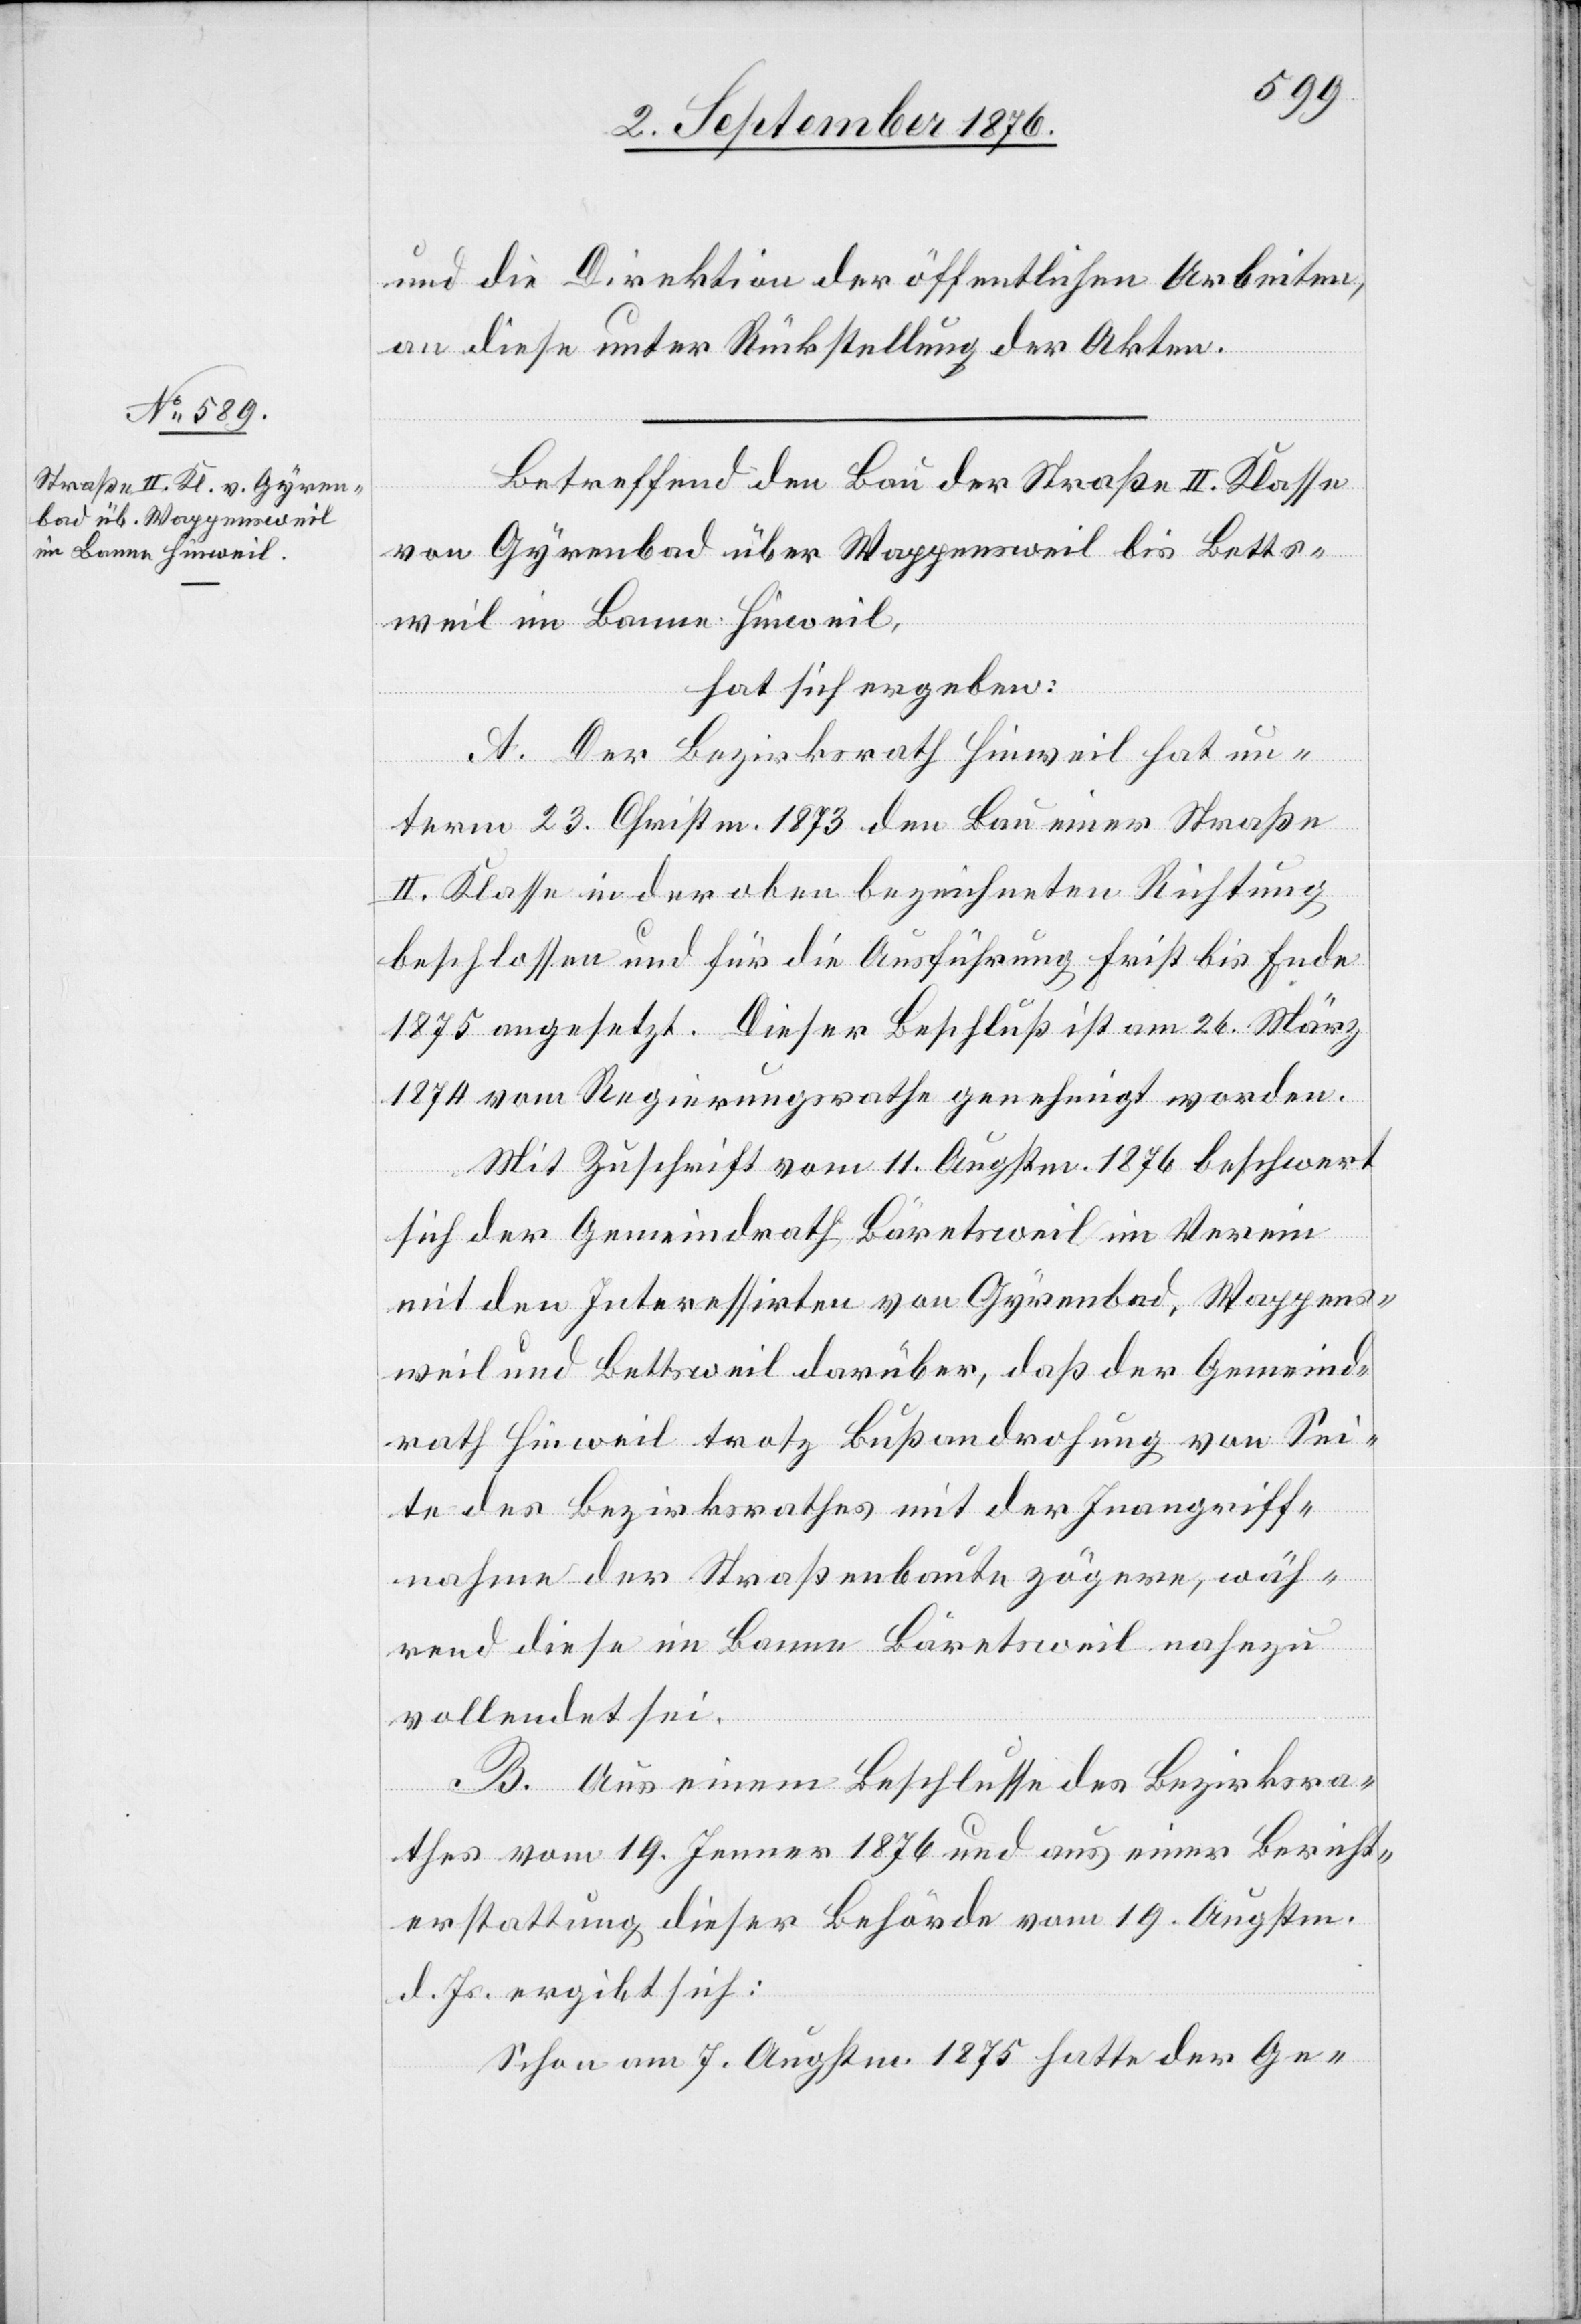
und die Direktion der öffentlichen Arbeiten,
an diese unter Rückstellung der Akten.
Betreffend den Bau der Straße II. Klasse
von Gyrenbad über Wappensweil bis Betts¬
weil im Banne Hinweil,
hat sich ergeben:
A. Der Bezirksrath Hinweil hat un¬
term 23. Christm. 1873 den Bau einer Straße
II. Klasse in der oben bezeichneten Richtung
beschlossen und für die Ausführung Frist bis Ende
1875 angesetzt. Dieser Beschluß ist am 26. März
1874 vom Regierungsrathe genehmigt worden.
Mit Zuschrift vom 11. Augstm. 1876 beschwert
sich der Gemeindrath Bäretsweil im Verein
mit den Interessirten von Gyrenbad, Wappens¬
weil und Bettsweil darüber, daß der Gemeind¬
rath Hinweil trotz Bußandrohung von Sei¬
te des Bezirksrathes mit der Inangriff¬
nahme der Straßenbaute zögere, wäh¬
rend diese im Banne Bäretsweil nahezu
vollendet sei.
B. Aus einem Beschlusse des Bezirksra¬
thes vom 19. Jenner 1876 und aus einer Bericht¬
erstattung dieser Behörde vom 19. Augstm.
d. Js. ergibt sich:
Schon am 7. Augstm. 1875 hatte der Ge-